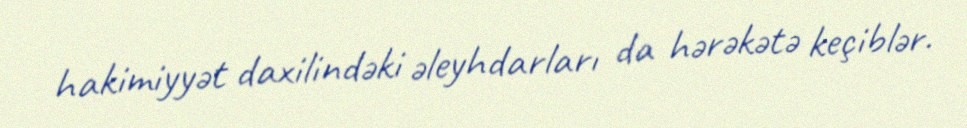
hakimiyyət daxilindəki əleyhdarları da hərəkətə keçiblər.